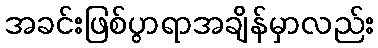
အခင်းဖြစ်ပွာရာအချိန်မှာလည်း